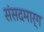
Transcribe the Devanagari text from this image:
संसदमार्ग